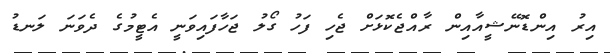
އިރު އިންޑޮނޭޝީއާއިން ރާއްޖެކޮޅަށް ޖެހި ފަހު ގޯލު ޖަހާފައިވަނީ އެޓީމުގެ ދެވަނަ ލަނޑު